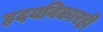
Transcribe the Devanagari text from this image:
हृदयविकारही